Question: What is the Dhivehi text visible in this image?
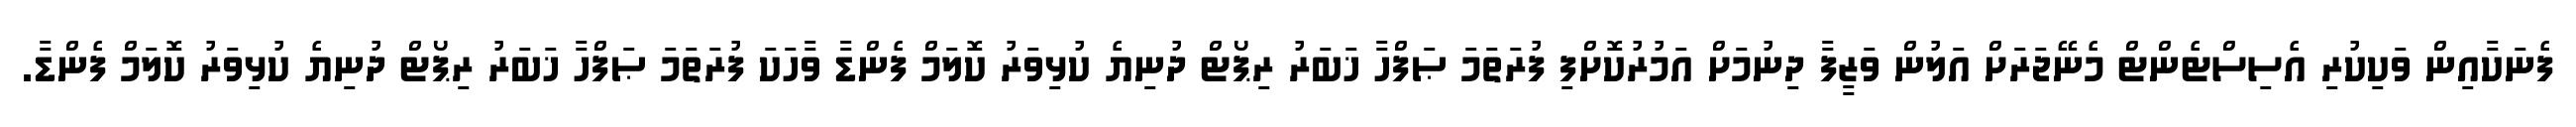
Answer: ފެނަކާއިން ވަކިކުރި އެސިސްޓެންޓް މެނޭޖަރަށް އަލުން ވަޒީފާ ދިނުމަށް އަމުރުކޮށްފި ފުރަތަމަ ޞަފްހާ ޚަބަރު ރިޕޯޓް ދުނިޔެ ކުޅިވަރު ކޮލަމް ފެންޑާ ވާހަކަ ފުރަތަމަ ޞަފްހާ ޚަބަރު ރިޕޯޓް ދުނިޔެ ކުޅިވަރު ކޮލަމް ފެންޑާ.